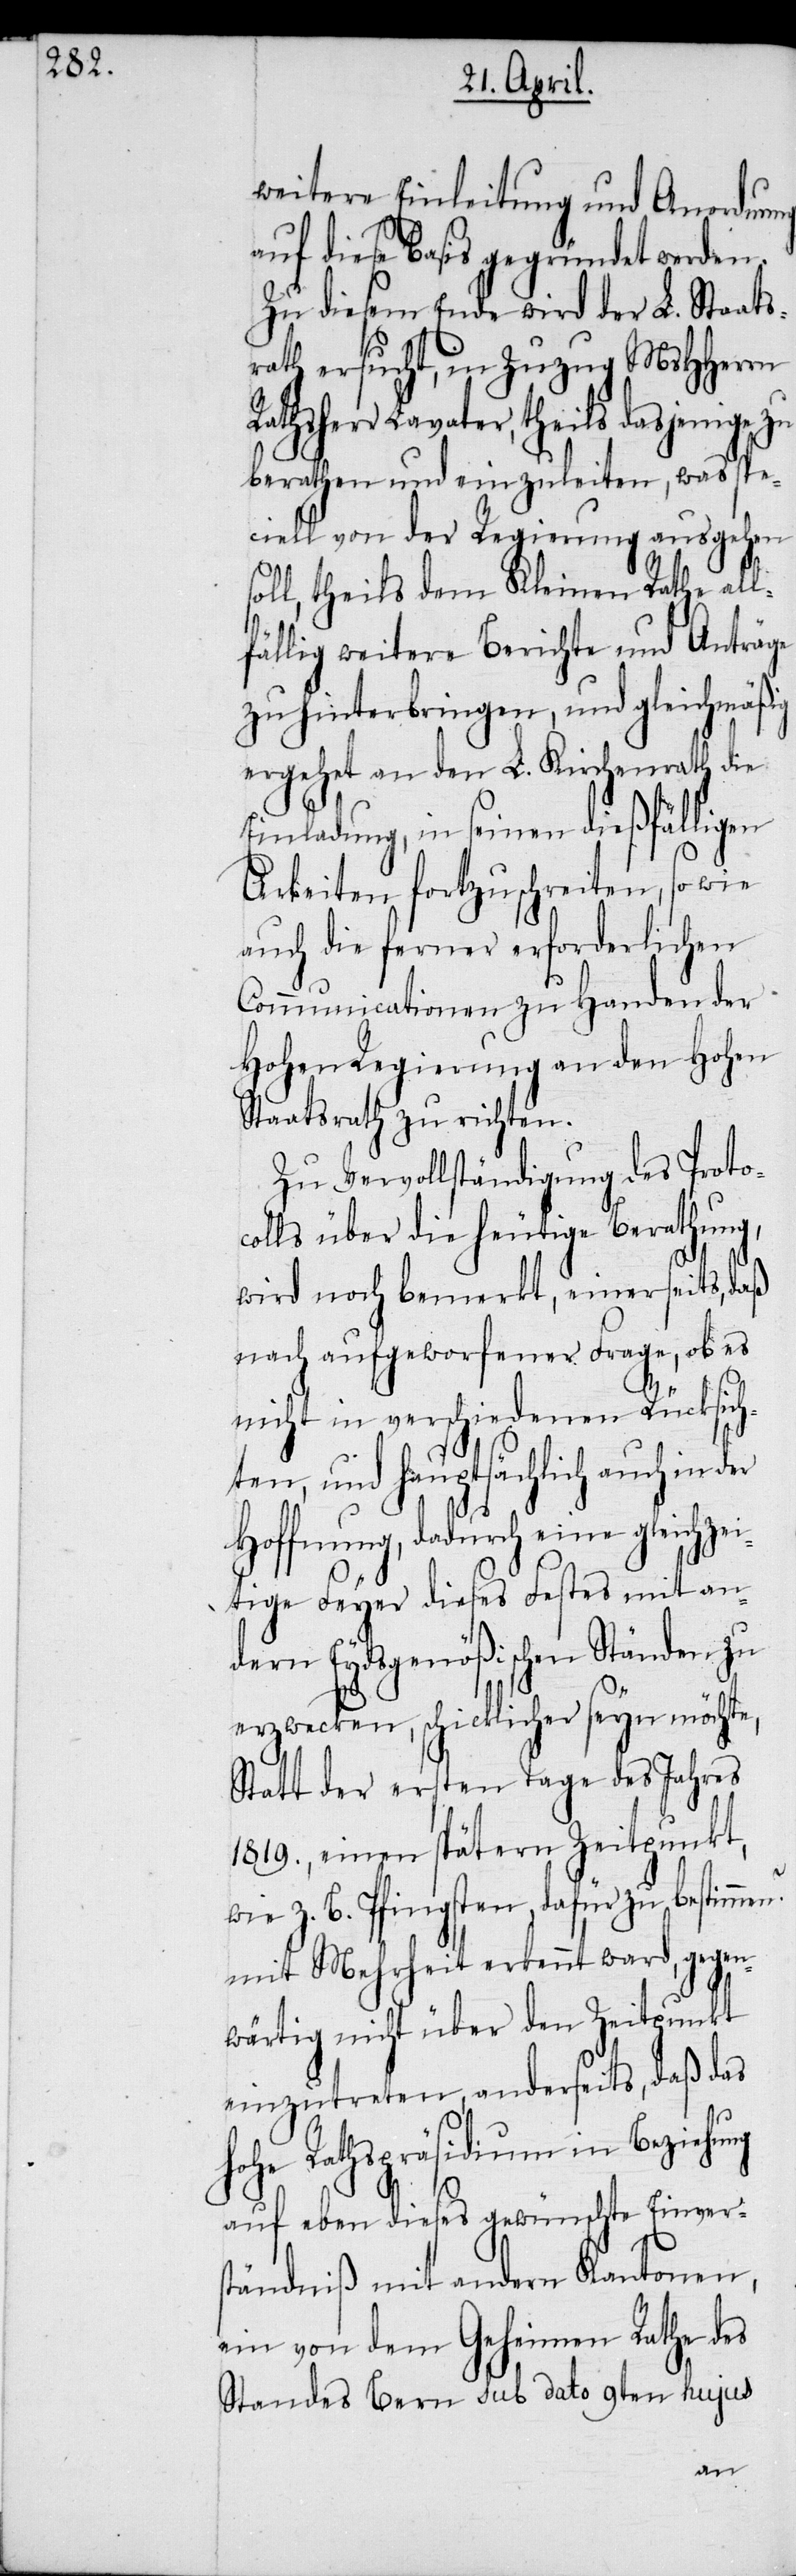
weitere Einleitung und Anordnung
auf diese Basis gegründet werden.
Zu diesem Ende wird der L. Staats¬
rath ersucht, in Zuzug MsHHerrn
Lavater, theils dasjenige
berathen und einzuleiten, was sp¬
eciell von der Regierung ausgehen
oll, theils dem Kleinen Rathe all¬
fällig weitere Berichte und Anträge
zu hinterbringen, und gleichmäßig
ergehet an den L. Kirchenrath die
Einladung, in seinen dießfällig¬
Arbeiten fortzuschreiten, so wie
auch die ferner erforderlichen
Communicationen zu Handen der
Hohen Regierung an den Hohen
Staatsrath zu richten.
Zu Vervollständigung des Proto¬
colls über die heutige Berathung,
wird noch bemerkt, einerseits, d¬
nach aufgeworfener Frage, ob es
nicht in verschiedenen Rücksic¬
hten, und hauptsächlich auch in d¬
Hoffnung, dadurch eine gleichze¬
itige Feyer dieses Festes mit an¬
dern Eydsgenößischen Ständen zu
erzwecken, schicklicher seyn möchte,
Statt der ersten Tage des Jahres
1819., einen spätern Zeitpunkt,
wie z. B. Pfingsten, dafür zu bestim¬
mit Mehrheit erkennt ward, gegen¬
wärtig nicht über den Zeitpunkt
einzutreten, anderseits, daß das
hohe Rathspräsidium in Beziehung
auf eben dieses gewünschte Einvers¬
tändniß mit andern Kantonen,
ein von dem Geheimen Rathe des
Standes Bern sub dato 9ten hujus
men?